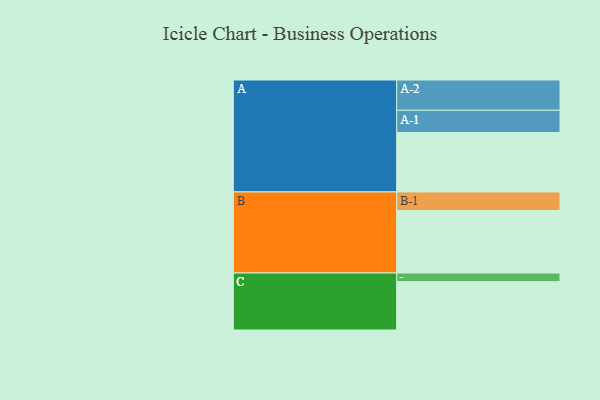
{"axis": {"x": "Segment", "y": "Value"}, "legend": ["", "A", "B", "C"], "data": [{"x": "A", "y": 502, "type": ""}, {"x": "B", "y": 529, "type": ""}, {"x": "C", "y": 409, "type": ""}, {"x": "A-1", "y": 189, "type": "A"}, {"x": "A-2", "y": 256, "type": "A"}, {"x": "B-1", "y": 157, "type": "B"}, {"x": "C-1", "y": 73, "type": "C"}]}